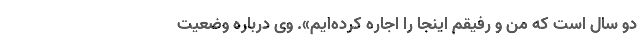
دو سال است که من و رفیقم اینجا را اجاره کرده‌ایم». وی درباره وضعیت